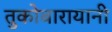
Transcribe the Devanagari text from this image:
तुकोबारायानी